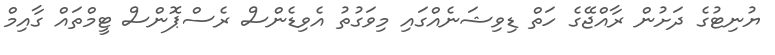
ޔުނިޓުގެ ދަށުން ރާއްޖޭގެ ހަތް ޑިވިޝަނެއްގައި މިވަގުތު އެވިޑެންސް ރެސްޕޮންސް ޓީމްތައް ގާއިމް